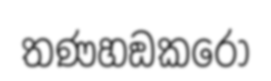
තණහඞකරො